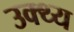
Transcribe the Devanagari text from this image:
उक्थ्य